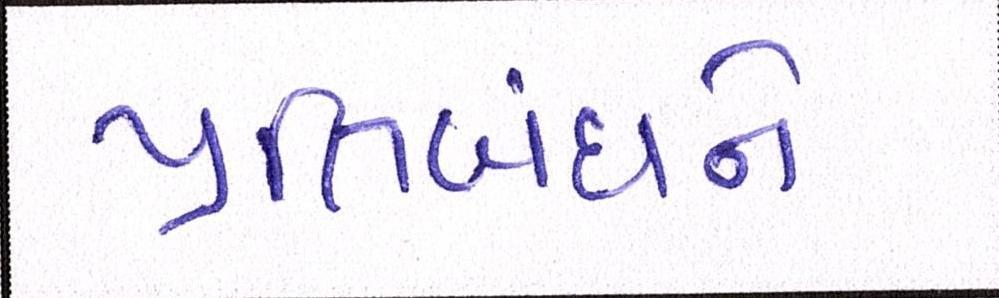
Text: પ્રતિબંધને